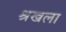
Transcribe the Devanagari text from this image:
श्रखला